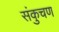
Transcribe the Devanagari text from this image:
संकुचण